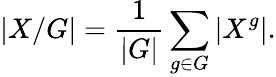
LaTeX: |X/G|={\frac{1}{|G|}}\sum_{g\in G}|X^{g}|.